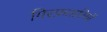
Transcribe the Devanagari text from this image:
गिरफ़तारियों